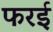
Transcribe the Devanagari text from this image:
फरई